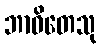
ဘာဝိတေသု